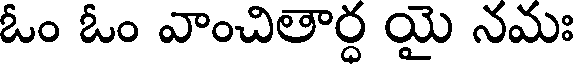
ఓం ఓం వాంచితార్ధ యై నమః